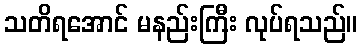
သတိရအောင် မနည်းကြီး လုပ်ရသည်။